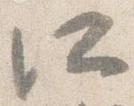
所